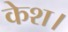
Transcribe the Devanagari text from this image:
केश।